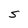
Character: S